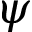
\psi